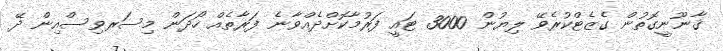
ޤާނޫނީގޮތުން ގެޒެޓްކުރެވޭ ލިޔުން 3000 ޓައީ ފަރުމާކޮށްދެއްވާނެ ފަރާތެއް ހޯދަން މިސަރވިސްއިން ދޭ